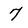
Character: 7